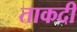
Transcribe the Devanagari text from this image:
ताकदी